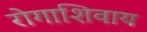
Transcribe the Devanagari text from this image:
रोगाशिवाय